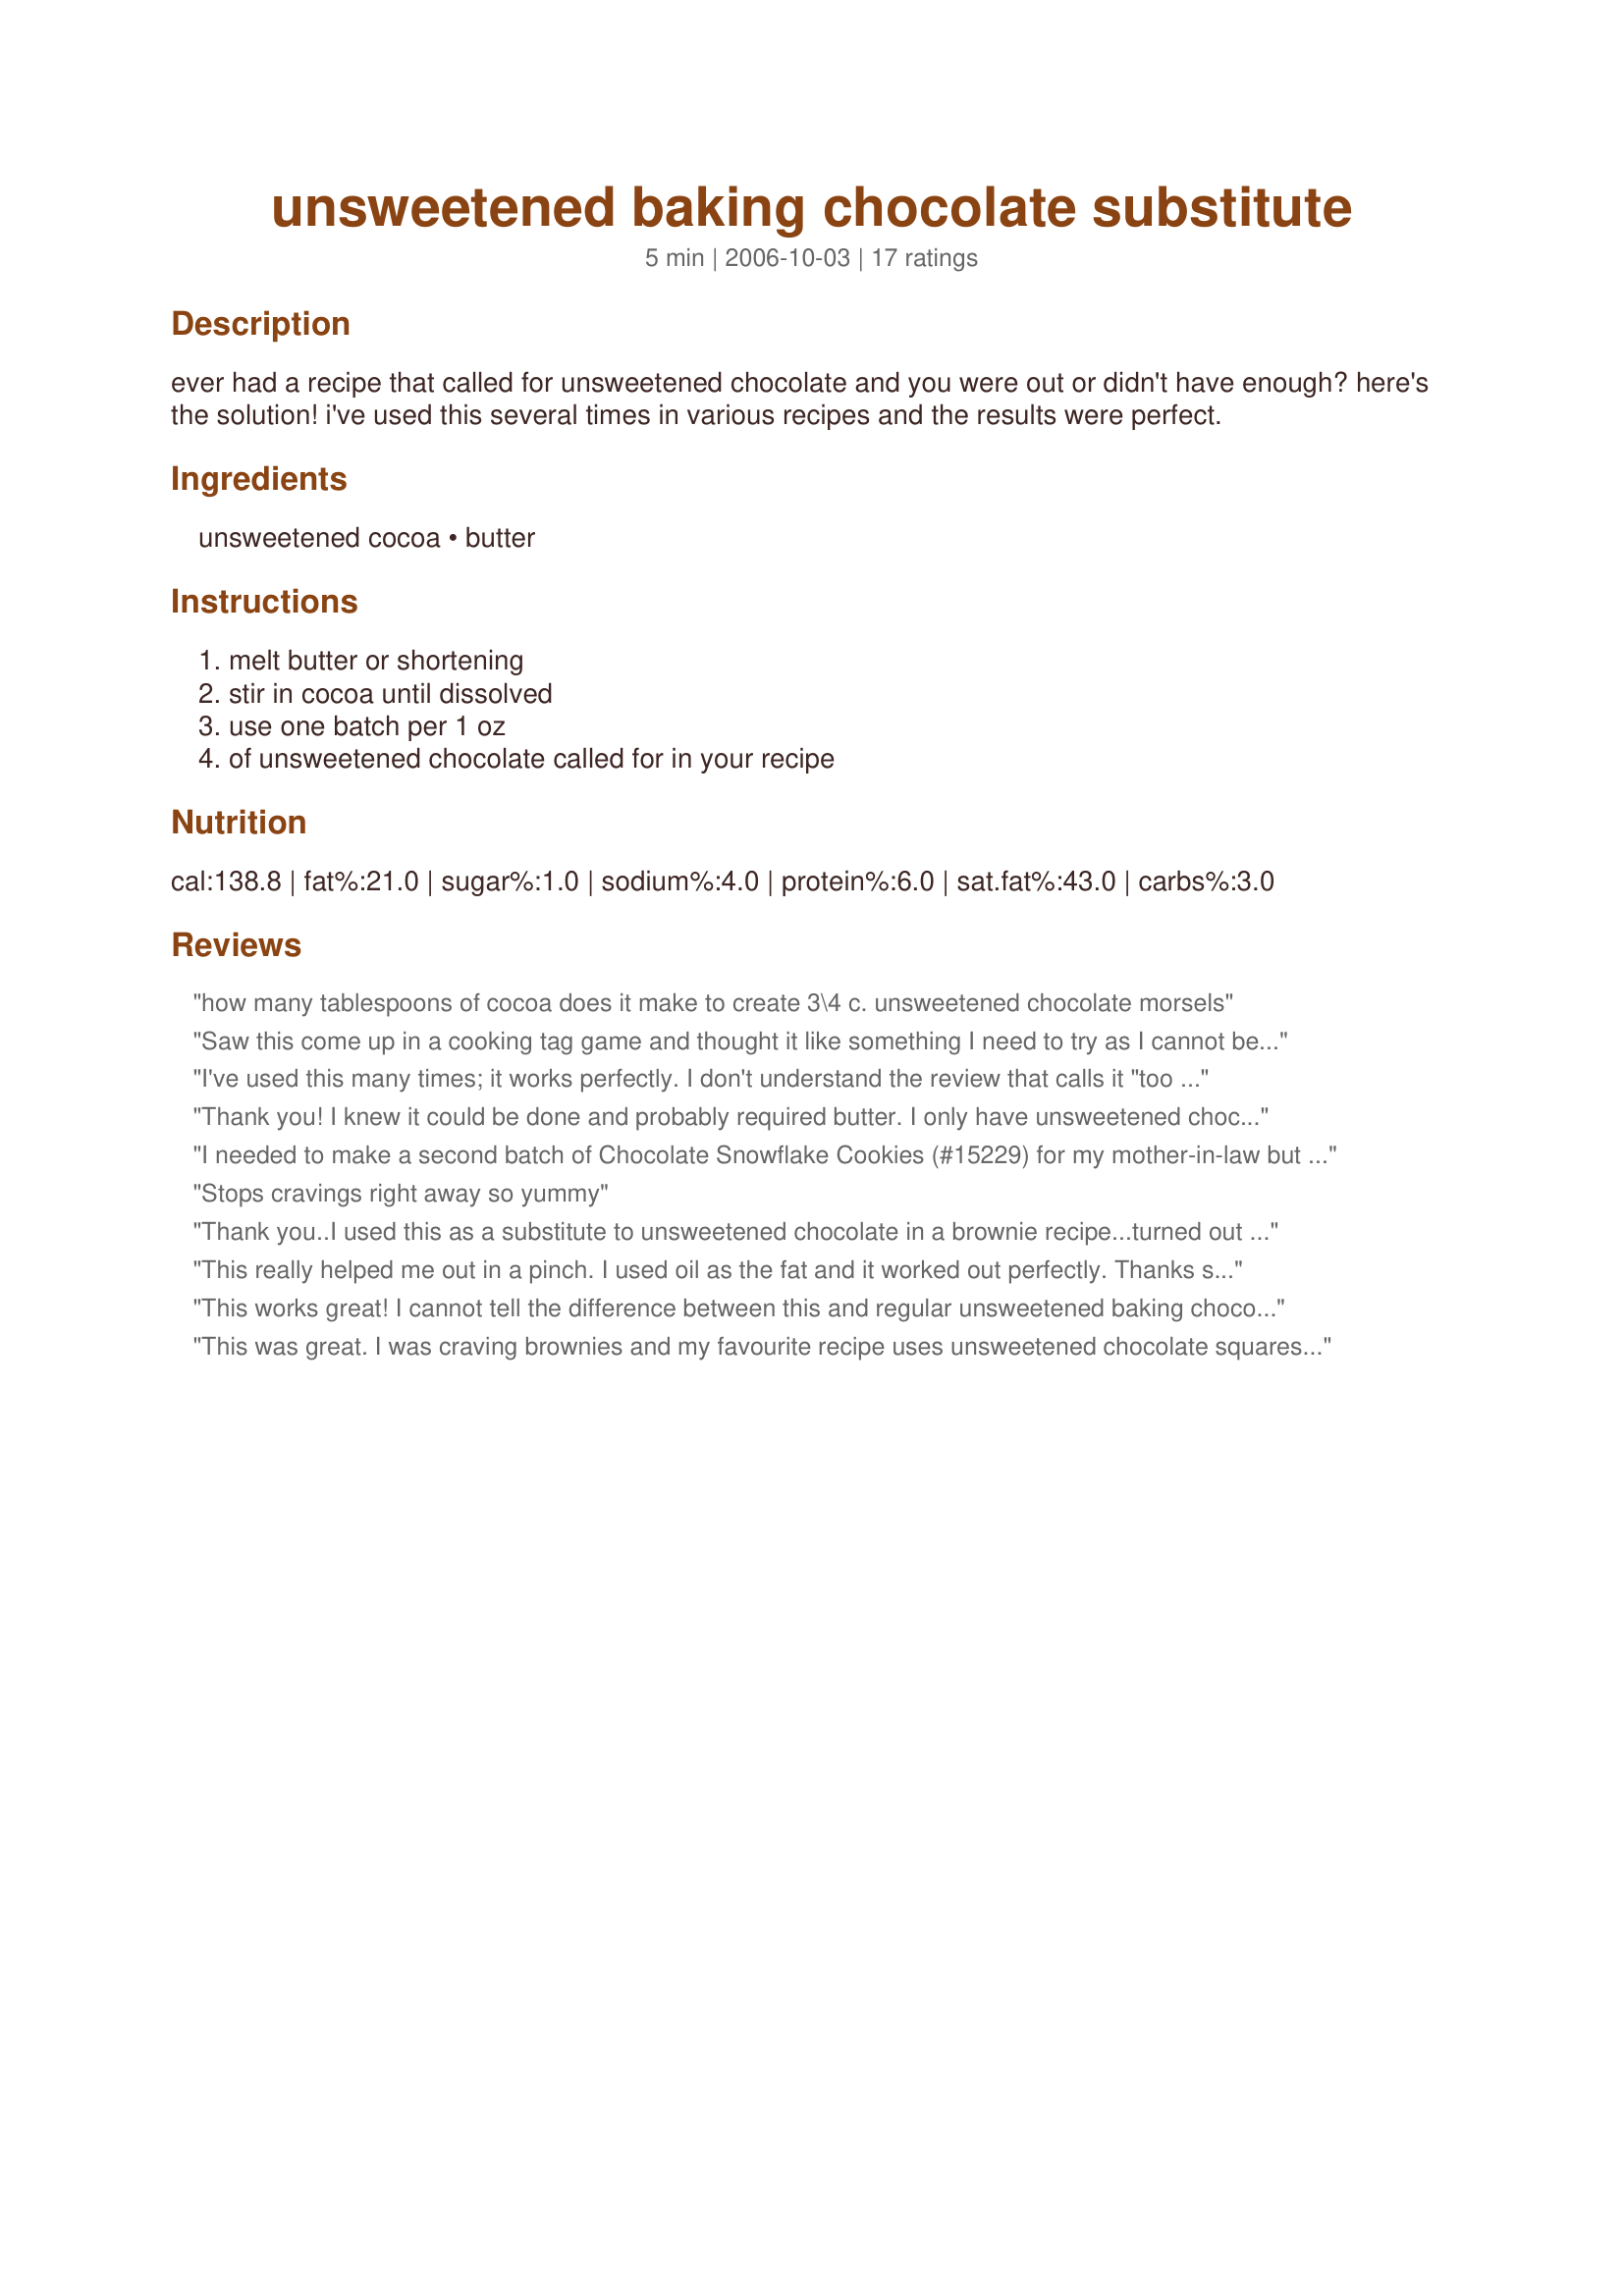
unsweetened baking chocolate substitute
Preparation time: 5 minutes

ever had a recipe that called for unsweetened chocolate and you were out or didn't have enough? here's the solution! i've used this several times in various recipes and the results were perfect.

Ingredients:
unsweetened cocoa, butter

Steps:
melt butter or shortening, stir in cocoa until dissolved, use one batch per 1 oz, of unsweetened chocolate called for in your recipe

Reviews:
how many tablespoons of cocoa does it make to create 3\4 c. unsweetened chocolate morsels
Saw this come up in a cooking tag game and thought it like something I need to try as I cannot begin to count the times I have come up short or been out of unsweetened chocolate when it is called for and boy am I glad I did as it has worked out fabulously both times I have used it. I made as written using butter and special dark cocoa. Thanks for the 10 start post that I will be using again :)
I've used this many times; it works perfectly. I don't understand the review that calls it "too chocolatey". Surely the idea of adding chocolate is to make the result chocolatey? Anyway, this is something I go to again and again. Thanks for posting!
Thank you! I knew it could be done and probably required butter.

I only have unsweetened chocolate in the house for my Cincinnati chili. You rock my world, because I always have cocoa powder in the house. Just didn&#039;t know the measurements.

Thank you
I needed to make a second batch of Chocolate Snowflake Cookies (#15229) for my mother-in-law but didn't have enough unsweetened chocolate squares and didn't really want to go out and buy more. This worked perfectly and the cookies made with the substitution taste exactly the same as the ones that were made with the actual squares. I used the melted shortening option. Thanks so much for posting!!!
Stops cravings right away so yummy
Thank you..I used this as a substitute to unsweetened chocolate in a brownie recipe...turned out really chocolaty.....thank you
This really helped me out in a pinch. I used oil as the fat and it worked out perfectly. Thanks so much for this tip.
This works great! I cannot tell the difference between this and regular unsweetened baking chocolate. I have been using it in just about everything (brownies, cakes, cookies, fudge sauce, puddings, etc) since I was about 12 years old. It is listed in the front of my mom's old Betty Crocker Cookbook with some other substitutions. I was going to post it, but then I found it here so I reviewed it instead.
This was great. I was craving brownies and my favourite recipe uses unsweetened chocolate squares but I had none left. Luckily I remembered stumbling across this sub. a while back and it worked wonderfully! I used the melted butter option. Worked perfectly! Thanks for posting!
Thanks Marg for posting this as I couldn't remember the ratio. I just mix the extra butter or oil in with the the rest of butter or oil and stir the cocoa into the flour. Easy peasy!
Yep, it really works. Sometimes, too, depending on your recipe (like a stew), you can get away with just using the cocoa and skipping the extra fat altogether.
Love this stuff !!
i have used it a couple of times it wrks really well i have also tried sweetened cocoa powder (also known as drnking chocolate) for a semi sweet chocolate relacement and it works great too !!Thank u 
You are simply amazing :D
Perfect. Saves $ too. Great for countries where you can't get unsweetened baking chocolate.
This worked well in a pinch... but I thought it was a little too chocolatey... I increased my whole recipe so the chocolate flavor wouldn't be overwhelming. Still, it was a better solution for me than making a special trip to the store. Next time I would use about 2/3 the amount called for. Thanks for the recipe!
Wonderful recipe. I used it in recipe#451721 It was perfect. Thanks Marg :) Made for All you can cook buffet
Outstanding!! Thanks posting, I was in a pinch and needed it!! Worked like a dream!
